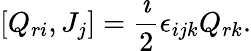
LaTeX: \lbrack{Q_{ri},J_{j}}\rbrack=\frac{\imath}{2}\epsilon_{ijk}Q_{rk}.